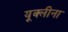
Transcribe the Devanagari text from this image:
यूक्लीना